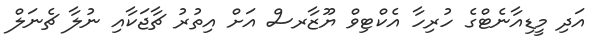
އަދި މީޑިއާނެޓްގެ ހުރިހާ އެކްޓިވް ޔޫޒާރސް އަށް އިތުރު ޗާޖަކާއި ނުލާ ޗެނަލް